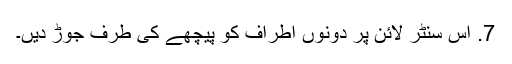
7. اس سنٹر لائن پر دونوں اطراف کو پیچھے کی طرف جوڑ دیں۔